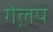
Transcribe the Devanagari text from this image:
गेल़प